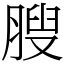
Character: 膄